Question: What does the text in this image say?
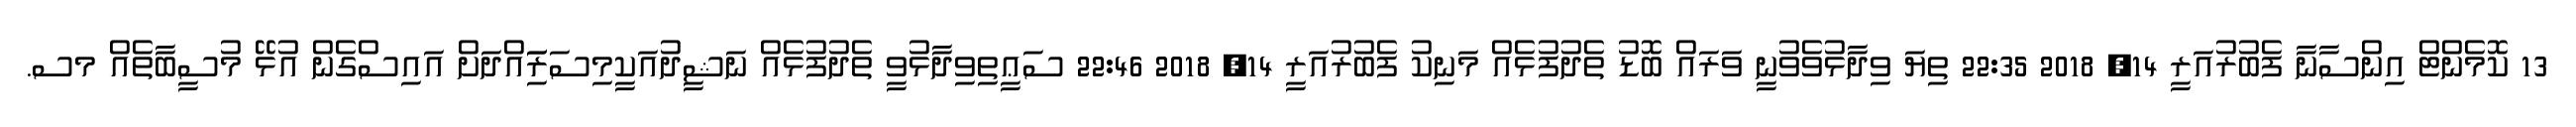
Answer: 13 ކޮމެންޓް އިންސާނާ ފެބުރުއަރީ 14, 2018 22:35 ތިޔަ ވިދާޅުވެވުނީ ވަރައް ބޮޑު ތެދުފުޅެއް މަނިކު ފެބުރުއަރީ 14, 2018 22:46 ސަޢީތިވިދާޅުވީ ތެދުފުޅެއް ނަޝީދުއަކީމިސަރަިައްދަށް އައިސްގެން އުޅޭ މުސީބާތެއް މސ.